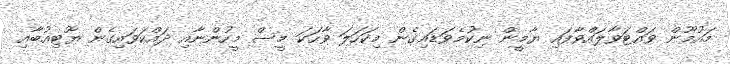
މައުމޫން ވައްޓަވާލައްވާފައި ޔާމީން ނިކުމެވަޑައިގެން މިކަހަލަ ވާހަކަ މީސް މީހުންނާއި ދައްކަވައިގެން ޔޫޓިއުބާއި